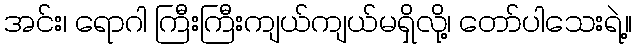
အင်း၊ ရောဂါ ကြီးကြီးကျယ်ကျယ်မရှိလို့၊ တော်ပါသေးရဲ့။